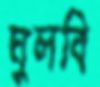
ঘুলবি